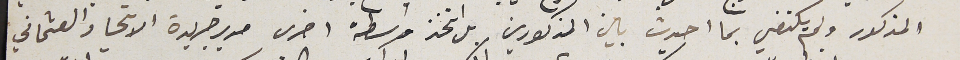
المذكور ولم يكتفي بما احدث بين المذكورين بل اتخذ واسطة اخرى مدير جريدة الاتحاد العثماني